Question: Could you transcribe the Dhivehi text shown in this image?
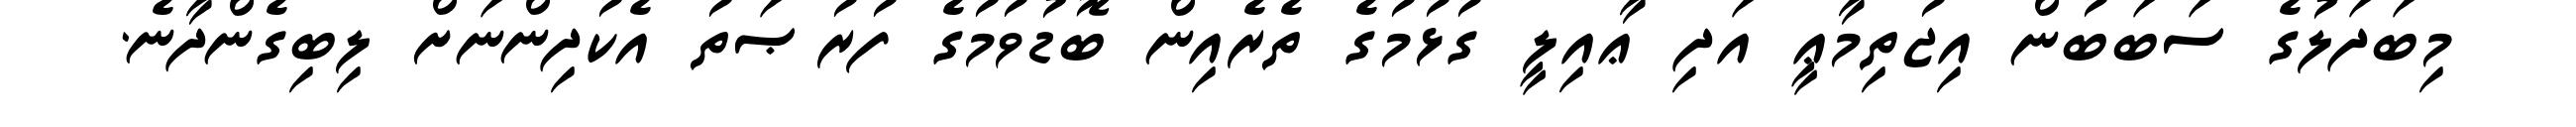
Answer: މިބަދަލުގެ ސަބަބުން އިޖުތިމާޢީ އަދި ޢާއިލީ ގުޅުމުގެ ތެރެއިން ބޮޑުވުމުގެ ފުރުޞަތު އެކުދިންނަށް ލިބިގެންދާނެ.